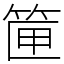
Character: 筪